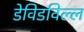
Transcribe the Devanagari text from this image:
डेविडविल्ल